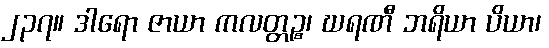
၂၃၇။ ဒါရော ဇာယာ ကလတ္တဉ္စ၊ ဃရဏီ ဘရိယာ ပိယာ၊